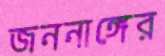
জননাঙ্গের